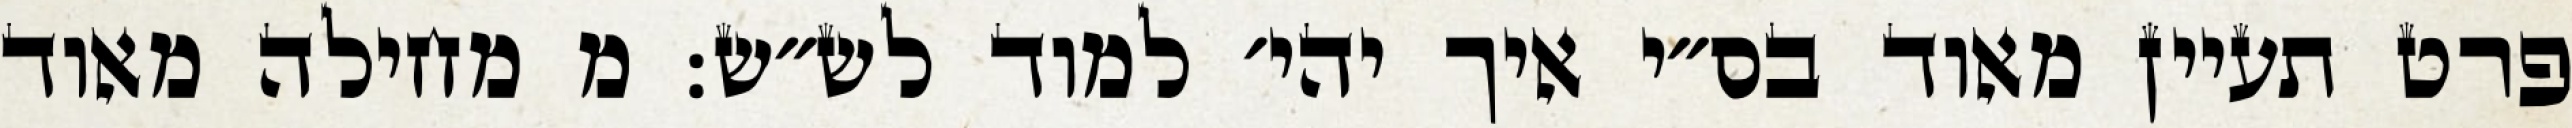
פרט תעיין מאוד בס״י איך יהי׳ למוד לש״ש: מ מחילה מאוד